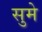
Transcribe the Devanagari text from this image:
सुमे